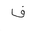
Letter: _fa